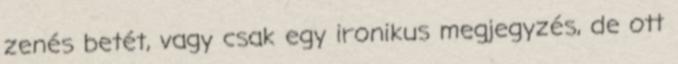
zenés betét, vagy csak egy ironikus megjegyzés, de ott